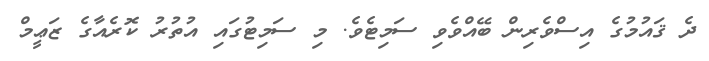
ދެ ޤައުމުގެ އިސްވެރިން ބޭއްވެވި ސަމިޓެވެ. މި ސަމިޓުގައި އުތުރު ކޮރެއާގެ ޒަޢީމް